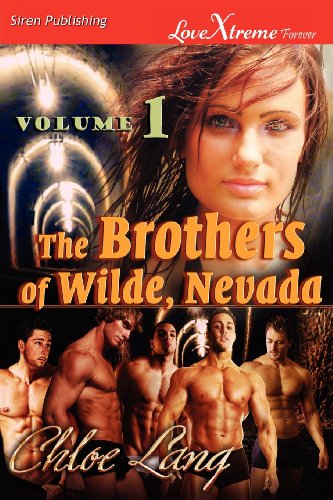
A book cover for The Brothers of Wilde, Nevada, Volume 1 [Going Wilde: Wilde Fire] (Siren Publishing Lovextreme Forever); Chloe Lang; Romance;